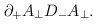
\begin{align*}\partial_+A_\perp D_-A_\perp.\end{align*}